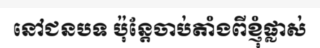
នៅជនបទ ប៉ុន្តែចាប់តាំងពីខ្ញុំផ្លាស់